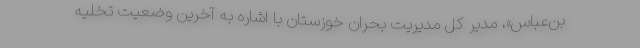
بن‌عباس»، مدير كل مديريت بحران خوزستان با اشاره به آخرين وضعيت تخليه